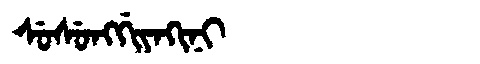
Manchu: ᠰᡠᠰᡠᠩᡤᡳᠶᠠᡴᡳᠨᡳ
Romanization: SUSUNGGIYAKINI